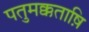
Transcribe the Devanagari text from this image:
पतुमक्कताष़ि